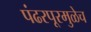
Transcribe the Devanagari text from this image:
पंढरपूरमुळेच